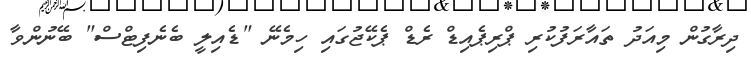
ދިރާގުން މިއަދު ތައާރަފުކުރި ޕްރިޕެއިޑް ރެޑް ޕެކޭޖުގައި ހިމެނޭ "ޑެއިލީ ބެނެފިޓްސް" ބޭނުންވާ